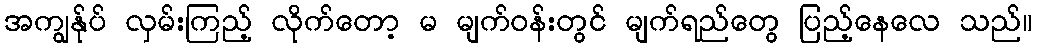
အကျွန်ုပ် လှမ်းကြည့် လိုက်တော့ မ မျက်ဝန်းတွင် မျက်ရည်တွေ ပြည့်နေလေ သည်။